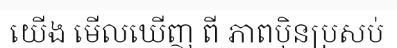
យើង មើលឃើញ ពី ភាពប៉ិនប្រសប់